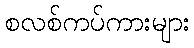
စလစ်ကပ်ကားများ